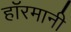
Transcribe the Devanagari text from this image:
हाॅरमानी